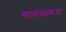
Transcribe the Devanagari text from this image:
णामस्वरूप